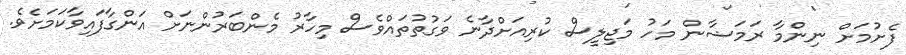
ފެށުމަށް ނިންމާ ރަމަޟާން މަހު މަޖިލީސް ކުރިއަށްދާނެ ވަގުތުތައްވެސް މިހާރު މެންބަރުންނަށް އަންގާފައިވާކަމަށެވެ.